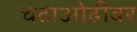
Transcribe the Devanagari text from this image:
चढाओढीवर